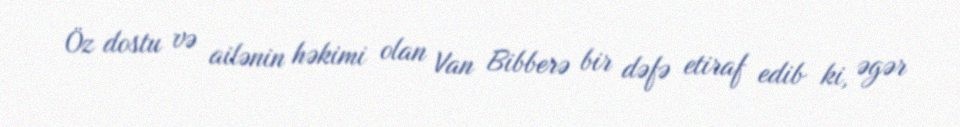
Öz dostu və ailənin həkimi olan Van Bibberə bir dəfə etiraf edib ki, əgər